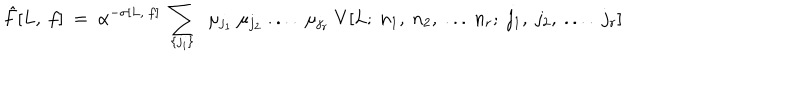
LaTeX: { \hat { F } [ L , ~ f ] } ~ = ~ \alpha ^ { - \sigma [ L , ~ f ] } ~ \sum _ { \{ j _ { i } \} } ~ ~ \mu _ { j _ { 1 } } ~ \mu _ { j _ { 2 } } ~ . . . . ~ \mu _ { j _ { r } } ~ V [ L ; ~ n _ { 1 } , ~ n _ { 2 } , ~ . . . ~ n _ { r } ; ~ j _ { 1 } , ~ j _ { 2 } , ~ . . . . ~ j _ { r } ]